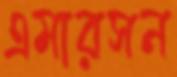
এমারসন